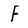
Character: F